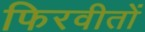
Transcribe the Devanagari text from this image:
फिरवीतों